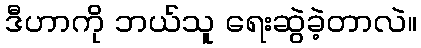
ဒီဟာကို ဘယ်သူ ရေးဆွဲခဲ့တာလဲ။